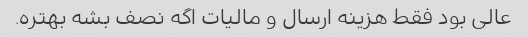
عالی بود فقط هزینه ارسال و مالیات اگه نصف بشه بهتره.